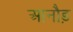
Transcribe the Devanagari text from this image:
आनौड़